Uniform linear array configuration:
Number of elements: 48
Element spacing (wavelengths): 1
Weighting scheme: hamming
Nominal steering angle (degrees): -30
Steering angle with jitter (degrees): -31.565
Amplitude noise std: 0.05
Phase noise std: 0.05

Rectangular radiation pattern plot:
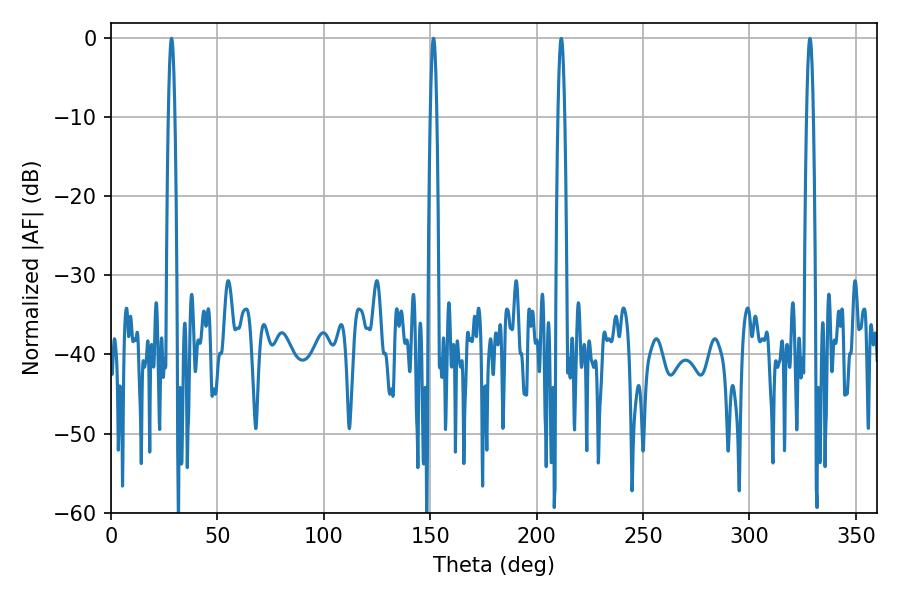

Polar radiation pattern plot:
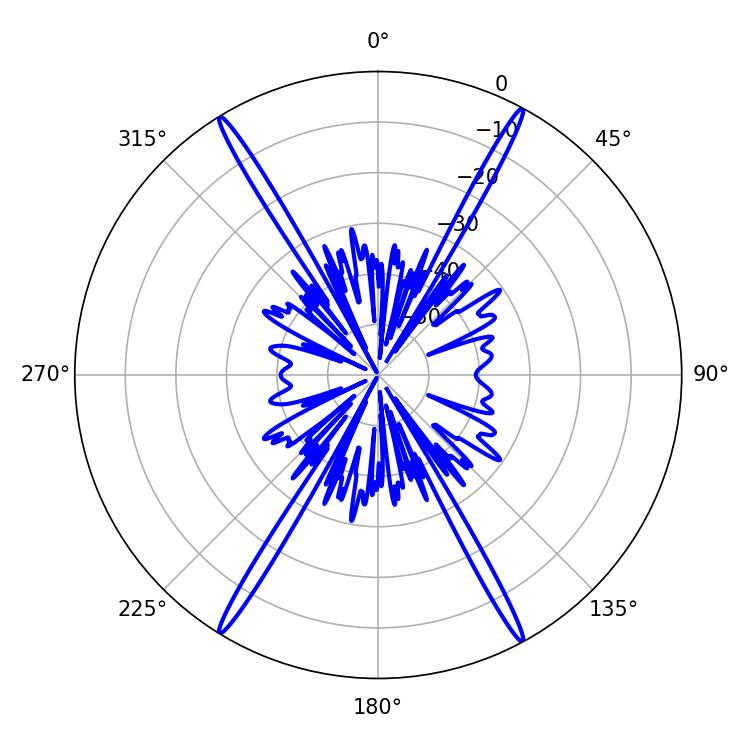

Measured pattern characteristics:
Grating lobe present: TRUE
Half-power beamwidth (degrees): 1.62
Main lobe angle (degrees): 28.44